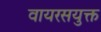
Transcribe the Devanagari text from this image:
वायरसयुक्त